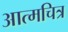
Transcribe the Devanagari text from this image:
आत्मचित्र